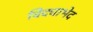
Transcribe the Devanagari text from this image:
विद्याभेद